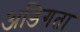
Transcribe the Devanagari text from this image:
अडिगता